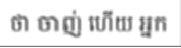
ថា ចាញ់ ហើយ អ្នក